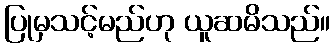
ပြုမှသင့်မည်ဟု ယူဆမိသည်။